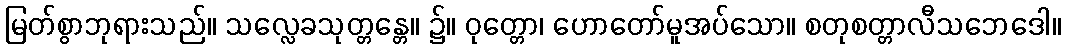
မြတ်စွာဘုရားသည်။ သလ္လေခသုတ္တန္တေ။ ၌။ ဝုတ္တော၊ ဟောတော်မူအပ်သော။ စတုစတ္တာလီသဘေဒေါ။